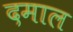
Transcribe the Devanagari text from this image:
दमाल